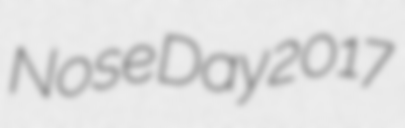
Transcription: Nose Day 2017